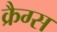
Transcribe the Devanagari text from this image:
क्रैग्स